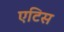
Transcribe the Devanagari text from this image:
एटिस